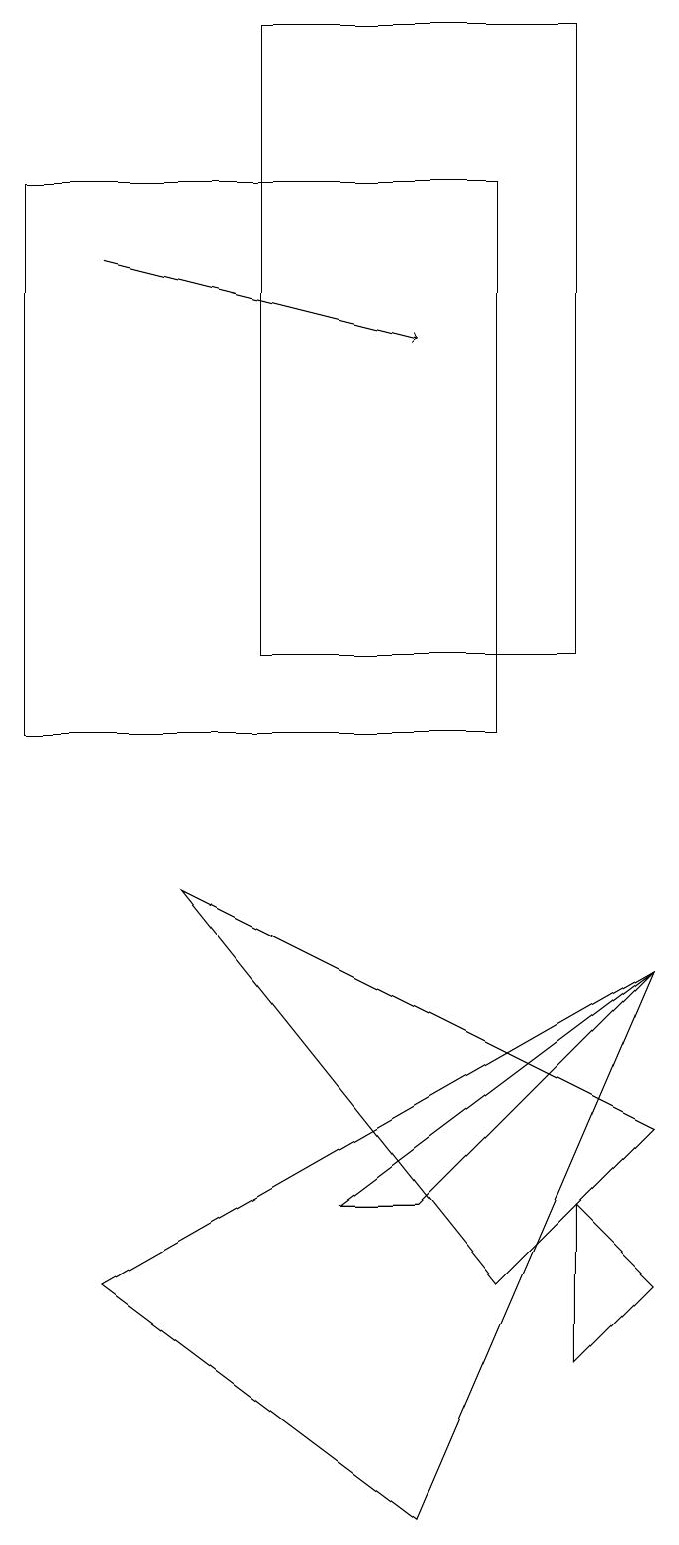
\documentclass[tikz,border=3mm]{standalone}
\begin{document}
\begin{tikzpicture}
\draw (9,7) -- (6,4) -- (5,4) -- cycle;
\draw (8,4) -- (9,3) -- (8,2) -- cycle;
\draw[->] (2,16) -- (6,15);
\draw (2,3) -- (9,7) -- (6,0) -- cycle;
\draw (7,17) rectangle (1,10);
\draw (8,19) rectangle (4,11);
\draw (3,8) -- (9,5) -- (7,3) -- cycle;
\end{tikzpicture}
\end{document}